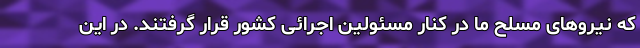
که نیروهای مسلح ما در کنار مسئولین اجرائی کشور قرار گرفتند. در این